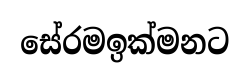
සේරමඉක්මනට